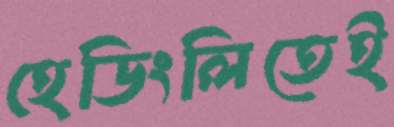
হেডিংলিতেই